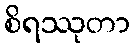
စိရဿုတာ